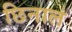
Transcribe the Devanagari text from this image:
छिनाल